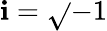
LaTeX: \mathbf{i}=\sqrt{}{{-1}}